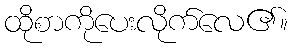
ထိုစာကိုပေးလိုက်လေ၏။